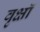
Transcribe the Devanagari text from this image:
वृक्षॉ